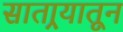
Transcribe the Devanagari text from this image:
सातार्‍यातून